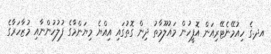
އދ.ގެ ހިއުމޭނެޓޭރިއަން އޮފީހުން މައުލޫމާތު ދިން ގޮތުގައި އިއްޔެ މިޔަންމާގެ ފުލުހުންނާއި މުޒާހަރާގެ